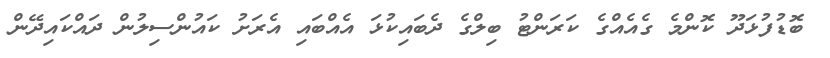
ބޮޑުފުޅަދޫ ކޮންމެ ގެއެއްގެ ކަރަންޓު ބިލްގެ ދެބައިކުޅަ އެއްބައި އެރަށު ކައުންސިލުން ދައްކައިދޭން